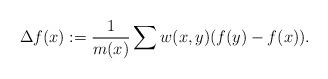
LaTeX: \begin{align*}\Delta f(x):= \frac{1}{m(x)}\sum w(x,y)(f(y) - f(x)).\end{align*}